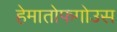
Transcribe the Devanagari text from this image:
हेमातोफगोउस